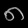
Digit: ၈